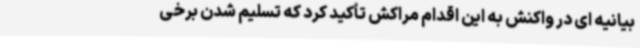
بیانیه ای در واکنش به این اقدام مراکش تأکید کرد که تسلیم شدن برخی